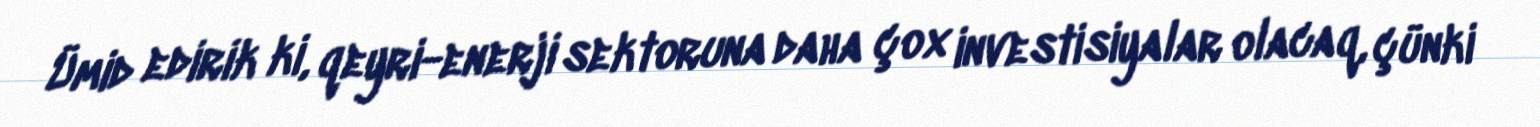
Ümid edirik ki, qeyri-enerji sektoruna daha çox investisiyalar olacaq, çünki